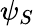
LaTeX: \psi_{S}